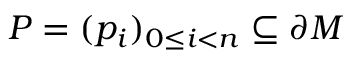
P = ( p _ { i } ) _ { 0 \leq i < n } \subseteq \partial M